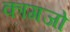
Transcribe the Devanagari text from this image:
कागजो